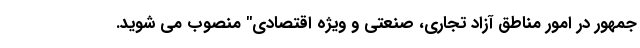
جمهور در امور مناطق آزاد تجاری، صنعتی و ویژه اقتصادی" منصوب می شوید.